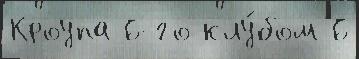
Кроупа 6-го клу́бом 6